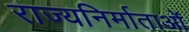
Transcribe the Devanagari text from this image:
राज्यनिर्माताओं